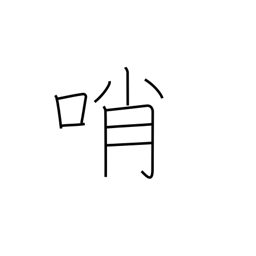
Meaning: sentinel